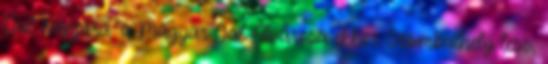
Dal Napjára. a Magyar Dal Fővárosa ekkor Szombathely lesz,